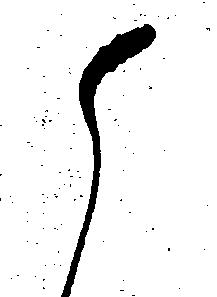
御